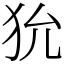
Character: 狁